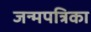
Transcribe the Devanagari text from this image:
जन्मपत्रिका